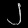
Digit: ၂